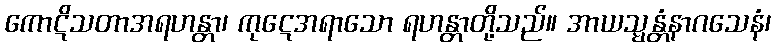
ကောဋိသတာအရဟန္တာ၊ ကုဋေအရာသော ရဟန္တာတို့သည်။ အာယသ္မန္တံနာဂသေနံ၊